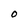
Character: 0